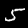
Digit: 5